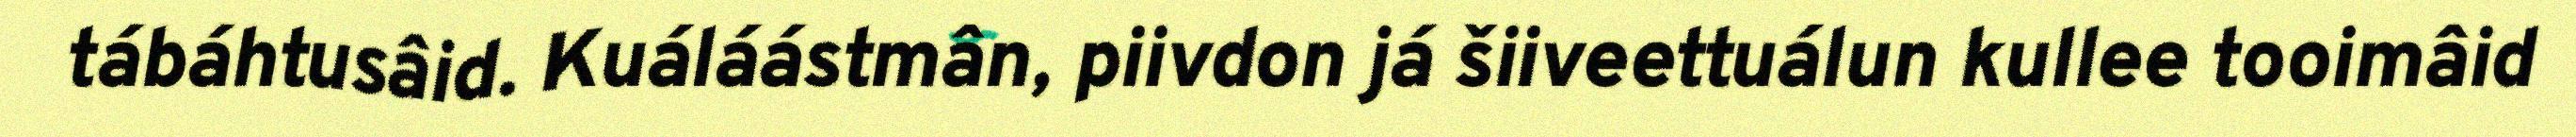
tábáhtusâid. Kuáláástmân, piivdon já šiiveettuálun kullee tooimâid